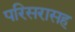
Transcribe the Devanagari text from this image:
परिसरासह